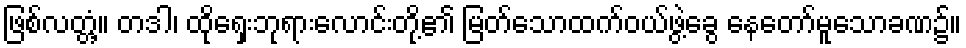
ဖြစ်လတ္တံ့။ တဒါ၊ ထိုရှေးဘုရားလောင်းတို့၏ မြတ်သောထက်ဝယ်ဖွဲ့ခွေ နေတော်မူသောခဏ၌။